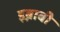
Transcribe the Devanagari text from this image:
इब्नाबी